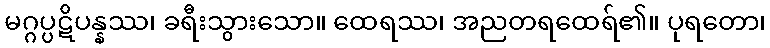
မဂ္ဂပ္ပဋိပန္နဿ၊ ခရီးသွားသော။ ထေရဿ၊ အညတရထေရ်၏။ ပုရတော၊